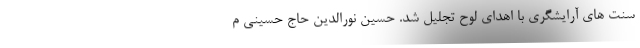
سنت های آرایشگری با اهدای لوح تجلیل شد. حسین نورالدین حاج حسینی م